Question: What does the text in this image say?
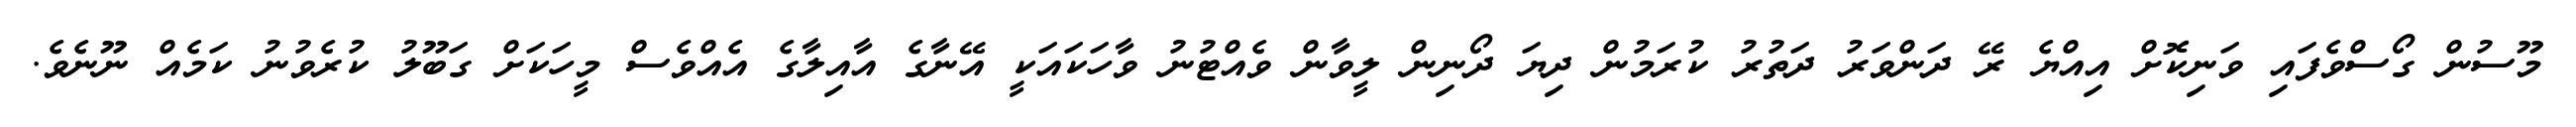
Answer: މޫސުން ގޯސްވެފައި ވަނިކޮށް އިއްޔެ ރޭ ދަންވަރު ދަތުރު ކުރަމުން ދިޔަ ދޯނިން ލީވާން ވެއްޓުނު ވާހަކައަކީ އޭނާގެ އާއިލާގެ އެއްވެސް މީހަކަށް ގަބޫލު ކުރެވުނު ކަމެއް ނޫނެވެ.